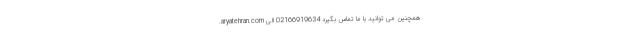
.aryatehran.com همچنین می توانید با ما تماس بگیرد 02166919634 الی